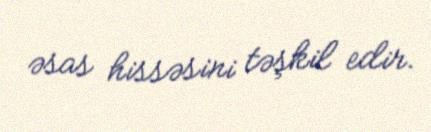
əsas hissəsini təşkil edir.